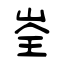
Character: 峑